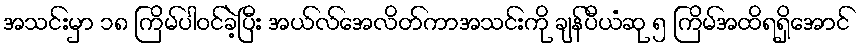
အသင်းမှာ ၁၈ ကြိမ်ပါဝင်ခဲ့ပြီး အယ်လ်အေလိတ်ကာအသင်းကို ချန်ပီယံဆု ၅ ကြိမ်အထိရရှိအောင်